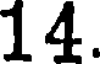
14.